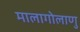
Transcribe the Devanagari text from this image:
मालागोलाणु